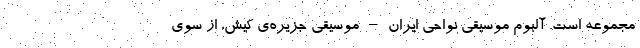
مجموعه است. آلبوم موسیقی نواحی ایران – موسیقی جزیره‌ی کیش، از سوی